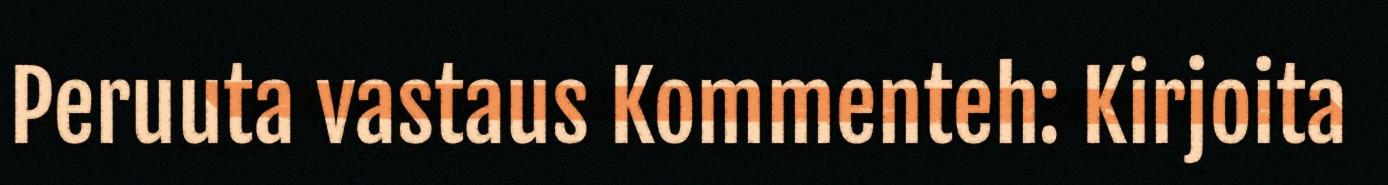
Peruuta vastaus Kommenteh: Kirjoita